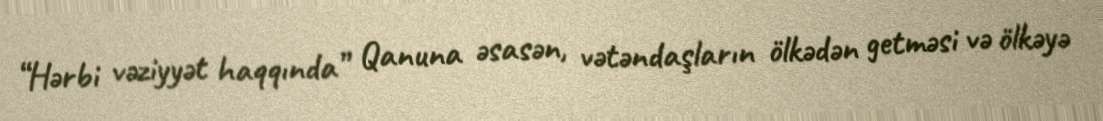
“Hərbi vəziyyət haqqında” Qanuna əsasən, vətəndaşların ölkədən getməsi və ölkəyə